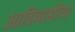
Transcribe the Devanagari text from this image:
आदिवासीचा